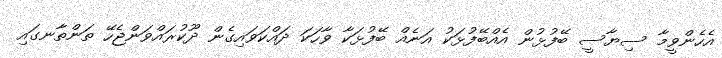
އެހެންވީމާ ސިޔާސީ ބޭފުޅުން އެއްބޭފުޅަކު އަނެއް ބޭފުޅަކާ ވާހަކަ ދައްކަވައިގެން ދޫކުރައްވަންޖެހޭ ތަންތާނގައި